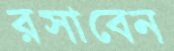
রসাবেন